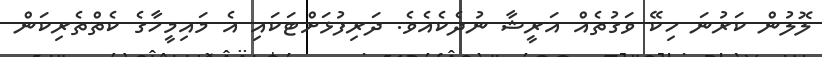
ލޮލުން ކަރުނަ ހިކޭ ވަގުތެއް އަރީޝާ ނުދެކެއެވެ. ދަރިފުޅަށްޓަކައި އެ މައިމީހާގެ ކެތްތެރިކަން